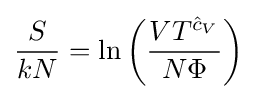
{\frac {S}{kN}}=\ln \left({\frac {VT^{{\hat {c}}_{V}}}{N\Phi }}\right)